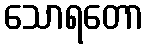
သောရတော